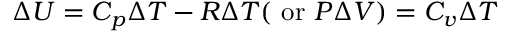
\Delta U = C _ { p } \Delta T - R \Delta T ( { \mathrm { ~ o r ~ } } P \Delta V ) = C _ { v } \Delta T